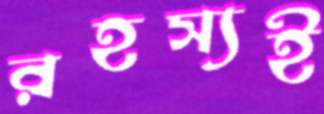
রহস্যই